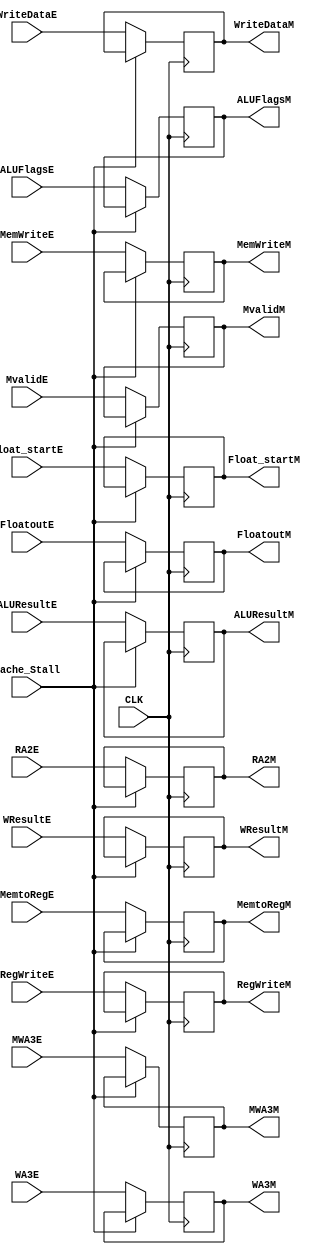
`timescale 1ns / 1ps
//////////////////////////////////////////////////////////////////////////////////
// Company: 
// Engineer: 
// 
// Design Name: 
// Module Name: State_register2
// Project Name: 
// Target Devices: 
// Tool Versions: 
// Description: 
// 
// Dependencies: 
// 
// Revision:
// Revision 0.01 - File Created
// Additional Comments:
// 
//////////////////////////////////////////////////////////////////////////////////


module State_register3(
    input CLK,
    input [31:0] WriteDataE,    
    input [31:0] ALUResultE,
    input [3:0] WA3E,
    input RegWriteE,
    input MemWriteE,
    input MemtoRegE,
    input [3:0] RA2E,
    input MvalidE,
    input [3:0] MWA3E,
    input [31:0] WResultE,
    input [3:0]  ALUFlagsE,
    input Float_startE,
    input [31:0] FloatoutE,
    input Cache_Stall,

    
    output reg [31:0] WriteDataM,
    output reg [31:0] ALUResultM,
    output reg [3:0] WA3M,
    output reg RegWriteM,
    output reg MemWriteM,
    output reg MemtoRegM,
    output reg [3:0] RA2M,
    output reg MvalidM,
    output reg [3:0] MWA3M,
    output reg [31:0] WResultM,
    output reg Float_startM,
    output reg [31:0] FloatoutM,
     // list 3
       output reg [3:0]  ALUFlagsM   
    );
always @(posedge CLK) begin
     if(!Cache_Stall) begin
     ALUResultM<=ALUResultE;
     WriteDataM<=WriteDataE;
     WA3M<=WA3E;
     RegWriteM<=RegWriteE;
     MemWriteM<=MemWriteE;
     MemtoRegM<=MemtoRegE;
     RA2M<=RA2E;
     MvalidM<=MvalidE;
     MWA3M<=MWA3E;
     WResultM<=WResultE;
     Float_startM<=Float_startE;
     FloatoutM<=FloatoutE;
      // list 3
         ALUFlagsM<=ALUFlagsE;
     end
     else begin
     ALUResultM<=ALUResultM;
     WriteDataM<=WriteDataM;
     WA3M<=WA3M;
     RegWriteM<=RegWriteM;
     MemWriteM<=MemWriteM;
     MemtoRegM<=MemtoRegM;
     RA2M<=RA2M;
     MvalidM<=MvalidM;
     MWA3M<=MWA3M;
     WResultM<=WResultM;
     Float_startM<=Float_startM;
     FloatoutM<=FloatoutM;
      // list 3
         ALUFlagsM<=ALUFlagsM;     
     end
end     
endmodule